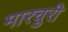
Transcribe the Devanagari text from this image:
मारचुरी